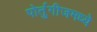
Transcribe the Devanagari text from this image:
पोर्तुगीजमध्ये